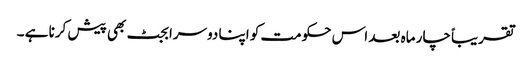
تقریباً چار ماہ بعد اس حکومت کو اپنا دوسرا بجٹ بھی پیش کرنا ہے ۔